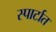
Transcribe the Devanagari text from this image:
स्पार्टात